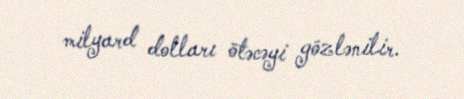
milyard dolları ötəcəyi gözlənilir.